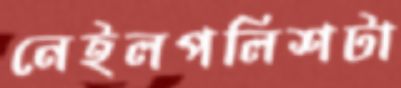
নেইলপলিশটা